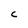
Character: C